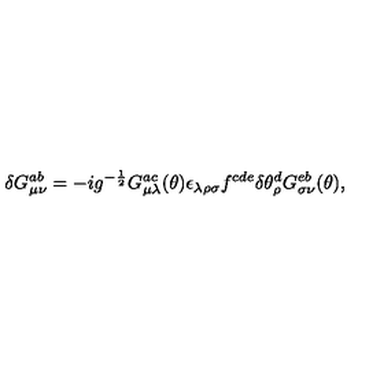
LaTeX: \delta G _ { \mu \nu } ^ { a b } = - i g ^ { - \frac { 1 } { 2 } } G _ { \mu \lambda } ^ { a c } ( \theta ) \epsilon _ { \lambda \rho \sigma } f ^ { c d e } \delta \theta _ { \rho } ^ { d } G _ { \sigma \nu } ^ { e b } ( \theta ) ,